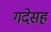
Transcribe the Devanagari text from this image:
गदेसह